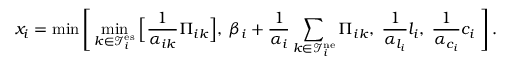
x _ { i } = \operatorname* { m i n } \Bigg [ \operatorname* { m i n } _ { k \in \mathcal { I } _ { i } ^ { \mathrm { e s } } } \Big [ \frac { 1 } { \alpha _ { i k } } \Pi _ { i k } \Big ] , \: \beta _ { i } + \frac { 1 } { \alpha _ { i } } \sum _ { k \in \mathcal { I } _ { i } ^ { \mathrm { n e } } } \Pi _ { i k } , \; \frac { 1 } { \alpha _ { l _ { i } } } l _ { i } , \; \frac { 1 } { \alpha _ { c _ { i } } } c _ { i } \; \Bigg ] \, .